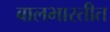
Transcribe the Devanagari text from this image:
बालभारतीत